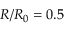
R / R _ { 0 } = 0 . 5